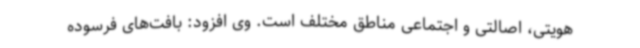
هویتی، اصالتی و اجتماعی مناطق مختلف است. وی افزود: بافت‌های فرسوده